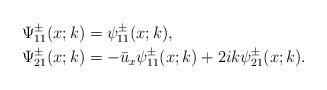
LaTeX: \begin{align*}&\Psi^\pm_{11}(x;k)=\psi^\pm_{11}(x;k),\\&\Psi^\pm_{21}(x;k)=-\bar{u}_x \psi^\pm_{11}(x;k)+ 2ik \psi^\pm_{21}(x;k).\end{align*}